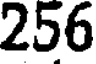
256